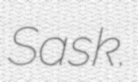
Sask.